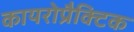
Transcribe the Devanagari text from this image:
कायरोप्रैक्टिक